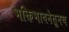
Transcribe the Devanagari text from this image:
भक्तिभावनेतूनच